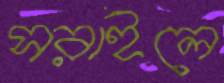
সরাইলে